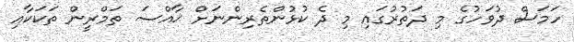
ހަމަސް ދުވަހުގެ މި ދަތުރުގައި މި ދެ ކުޅުންތެރިންނަށް ޚާއްސަ ތަމްރީން ތަކަކާއި